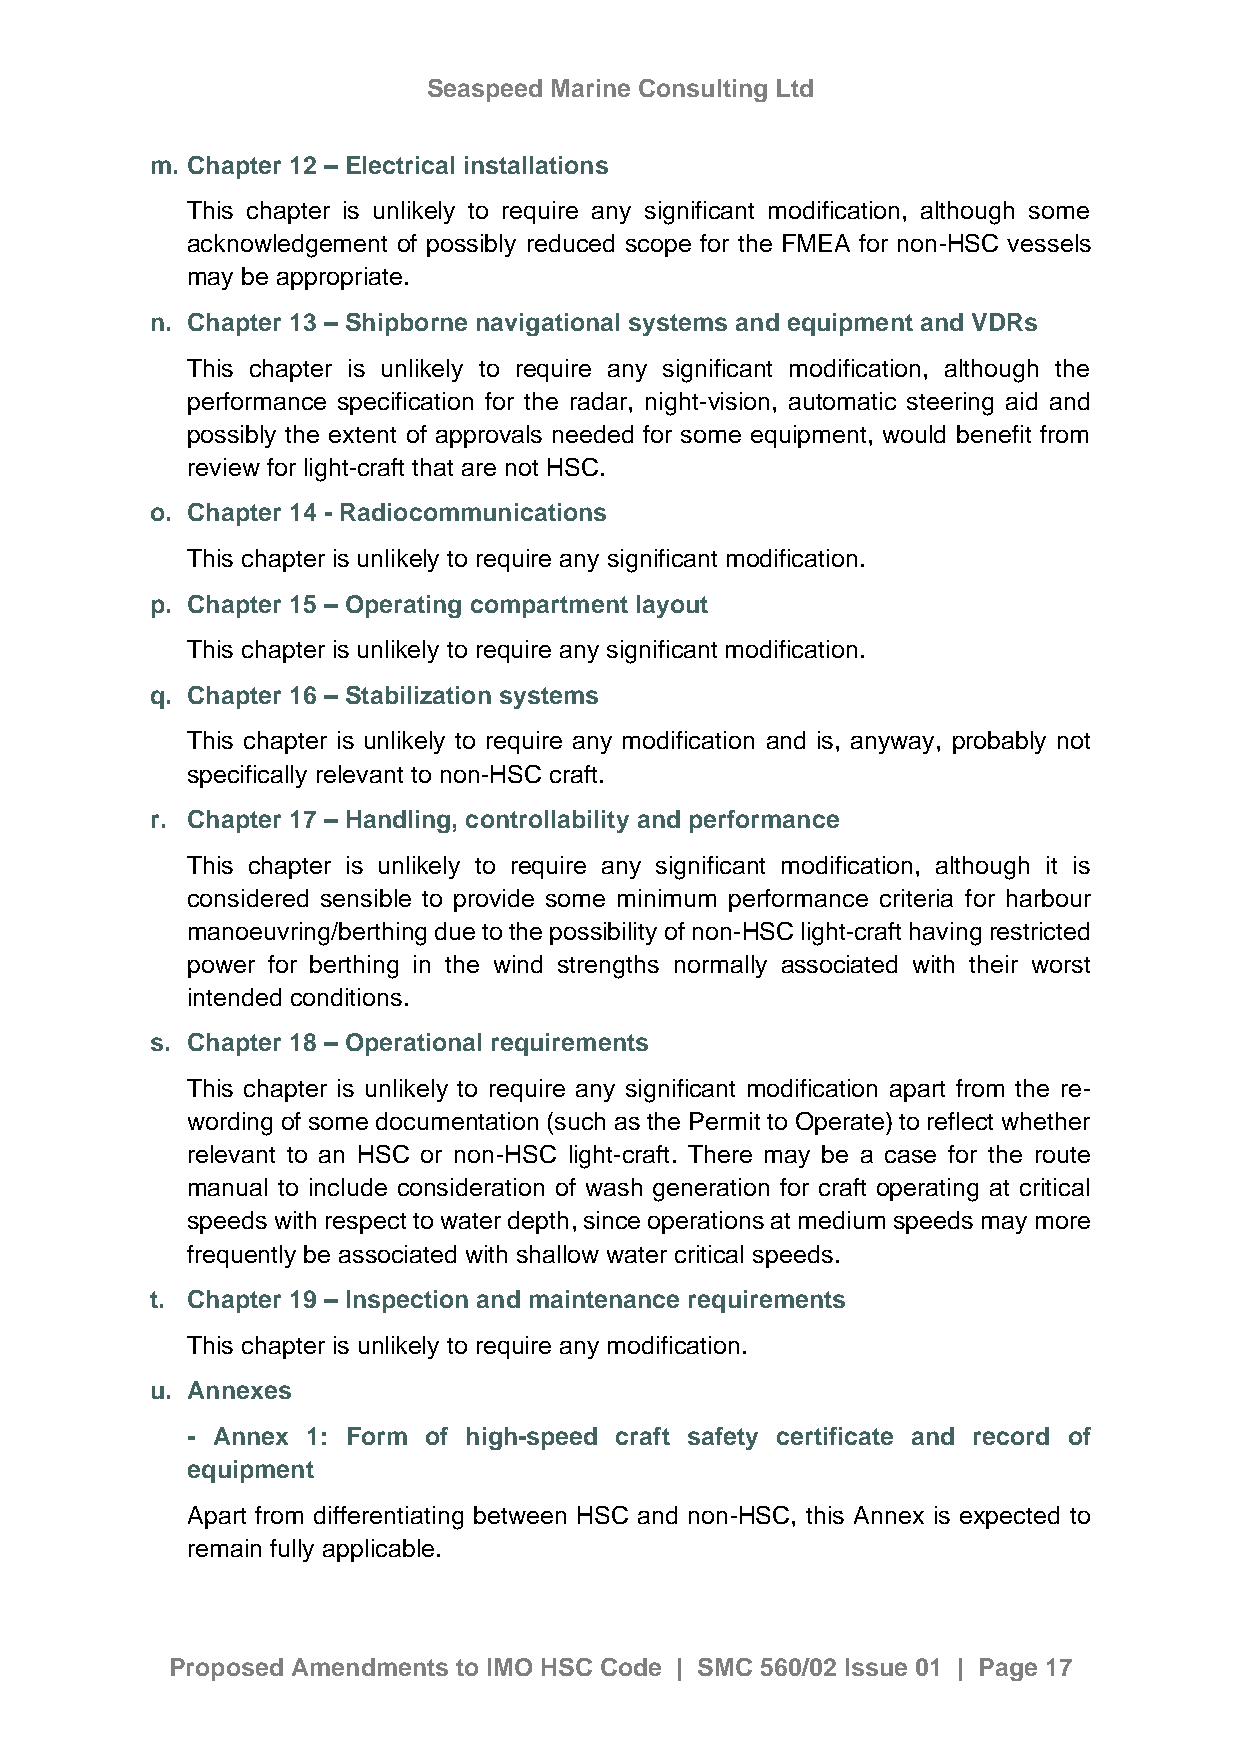
Seaspeed Marine Consulting Ltd
 m. Chapter 12 – Electrical installations
 This chapter is unlikely to require any significant modification, although some
 acknowledgement of possibly reduced scope for the FMEA for non-HSC vessels
 may be appropriate.
 n. Chapter 13 – Shipborne navigational systems and equipment and VDRs
 This chapter is unlikely to require any significant modification, although the
 performance specification for the radar, night-vision, automatic steering aid and
 possibly the extent of approvals needed for some equipment, would benefit from
 review for light-craft that are not HSC.
 o. Chapter 14 - Radiocommunications
 This chapter is unlikely to require any significant modification.
 p. Chapter 15 – Operating compartment layout
 This chapter is unlikely to require any significant modification.
 q. Chapter 16 – Stabilization systems
 This chapter is unlikely to require any modification and is, anyway, probably not
 specifically relevant to non-HSC craft.
 r. Chapter 17 – Handling, controllability and performance
 This chapter is unlikely to require any significant modification, although it is
 considered sensible to provide some minimum performance criteria for harbour
 manoeuvring/berthing due to the possibility of non-HSC light-craft having restricted
 power for berthing in the wind strengths normally associated with their worst
 intended conditions.
 s. Chapter 18 – Operational requirements
 This chapter is unlikely to require any significant modification apart from the re-
 wording of some documentation (such as the Permit to Operate) to reflect whether
 relevant to an HSC or non-HSC light-craft. There may be a case for the route
 manual to include consideration of wash generation for craft operating at critical
 speeds with respect to water depth, since operations at medium speeds may more
 frequently be associated with shallow water critical speeds.
 t. Chapter 19 – Inspection and maintenance requirements
 This chapter is unlikely to require any modification.
 u. Annexes
 - Annex 1: Form of high-speed craft safety certificate and record of
 equipment
 Apart from differentiating between HSC and non-HSC, this Annex is expected to
 remain fully applicable.
 Proposed Amendments to IMO HSC Code | SMC 560/02 Issue 01 | Page 17